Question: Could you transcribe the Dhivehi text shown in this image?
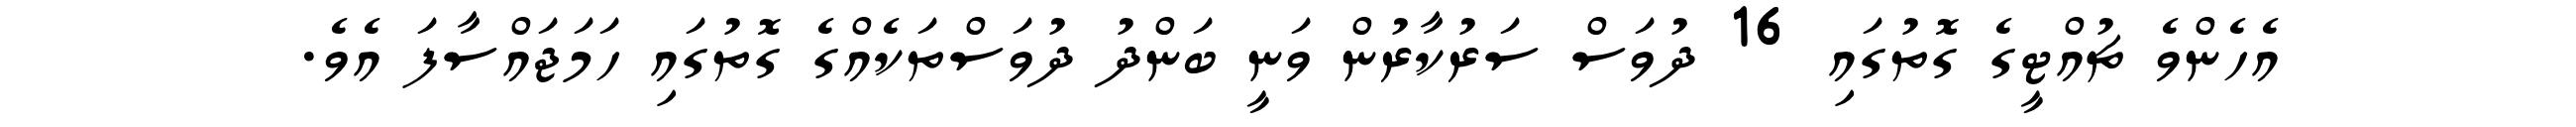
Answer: އެހެންވެ ޗުއްޓީގެ ގޮތުގައި 16 ދުވަސް ސަރުކާރުން ވަނީ ބަންދު ދުވަސްތަކެއްގެ ގޮތުގައި ހަމަޖައްސާފަ އެވެ.